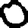
Digit: 0